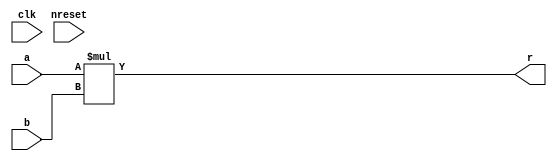
/* ********************************************************************************* */
/*                      multiplier place holder                                      */
/*                                                                                   */
/*  Author:  Chuck Cox (chuck100@home.com)                                           */
/*                                                                                   */
/*                                                                                   */
/*                                                                                   */
/* ********************************************************************************* */


module multb
	(
	clk,			/* clock */
	nreset,			/* active low reset */
	a,			/* data input */
	b,			/* input data valid */
	r			/* filter pole coefficient */
	);

parameter	DATAWIDTH = 8;
parameter	COEFWIDTH = 8;

input 					clk;
input 					nreset;
input	[COEFWIDTH-2:0]			a;
input	[DATAWIDTH-2:0]			b;
output	[DATAWIDTH + COEFWIDTH - 3:0]	r;


assign r = a*b;


endmodule